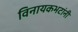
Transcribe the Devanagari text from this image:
विनायकभटांनी